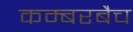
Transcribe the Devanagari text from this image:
कम्बरबैच